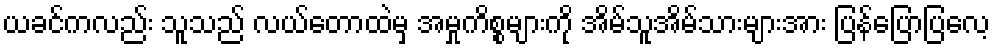
ယခင်ကလည်း သူသည် လယ်တောထဲမှ အမှုကိစ္စများကို အိမ်သူအိမ်သားများအား ပြန်ပြောပြလေ့